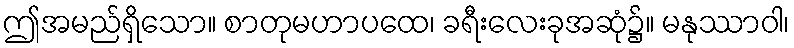
ဤအမည်ရှိသော။ စာတုမဟာပထေ၊ ခရီးလေးခုအဆုံ၌။ မနုဿာဝါ၊